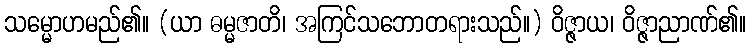
သမ္မောဟမည်၏။ (ယာ ဓမ္မဇာတိ၊ အကြင်သဘောတရားသည်။) ဝိဇ္ဇာယ၊ ဝိဇ္ဇာညာဏ်၏။